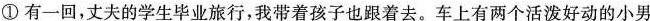
①有一回，丈夫的学生毕业旅行，我带着孩子也跟着去。车上有两个活泼好动的小男